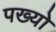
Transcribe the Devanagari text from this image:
पख्‍यो